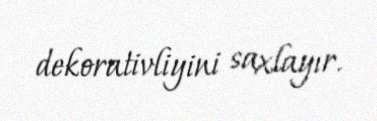
dekorativliyini saxlayır.